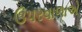
ઉપરવાળાએ